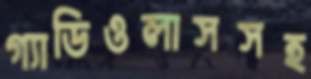
গ্যাডিওলাসসহ